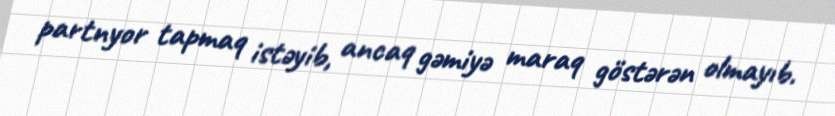
partnyor tapmaq istəyib, ancaq gəmiyə maraq göstərən olmayıb.